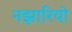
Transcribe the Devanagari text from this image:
नझारियो